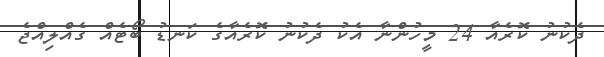
ދެކުނު ކޮރެއާ 24 މީހުންނާ އެކު ދެކުނު ކޮރެއާގެ ކަނޑު ބޯޓެއް ގެއްލިއްޖެ